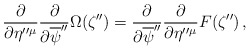
\begin{align*}\frac{\partial }{\partial \eta''{}^{\mu}}\frac{\partial }{\partial \overline{\psi}''}\Omega(\zeta'')=\frac{\partial }{\partial \overline{\psi}''}\frac{\partial }{\partial \eta''{}^{\mu}}F(\zeta'')\,,\end{align*}